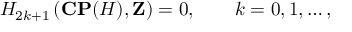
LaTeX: H _ { 2 k + 1 } \left( { \bf C P } ( { \cal H } ) , { \bf Z } \right) = 0 , \qquad k = 0 , 1 , \ldots ,